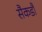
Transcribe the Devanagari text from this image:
सैकडौं